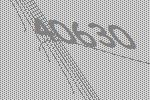
40630